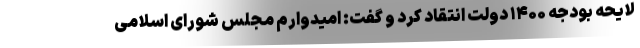
لایحه بودجه ۱۴۰۰ دولت انتقاد کرد و گفت: امیدوارم مجلس شورای اسلامی